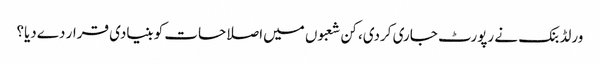
ورلڈ بنک نے رپورٹ جاری کردی، کن شعبوں میں‌اصلاحات کو بنیادی قرار دےدیا؟